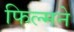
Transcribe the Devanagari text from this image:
फिल्मने